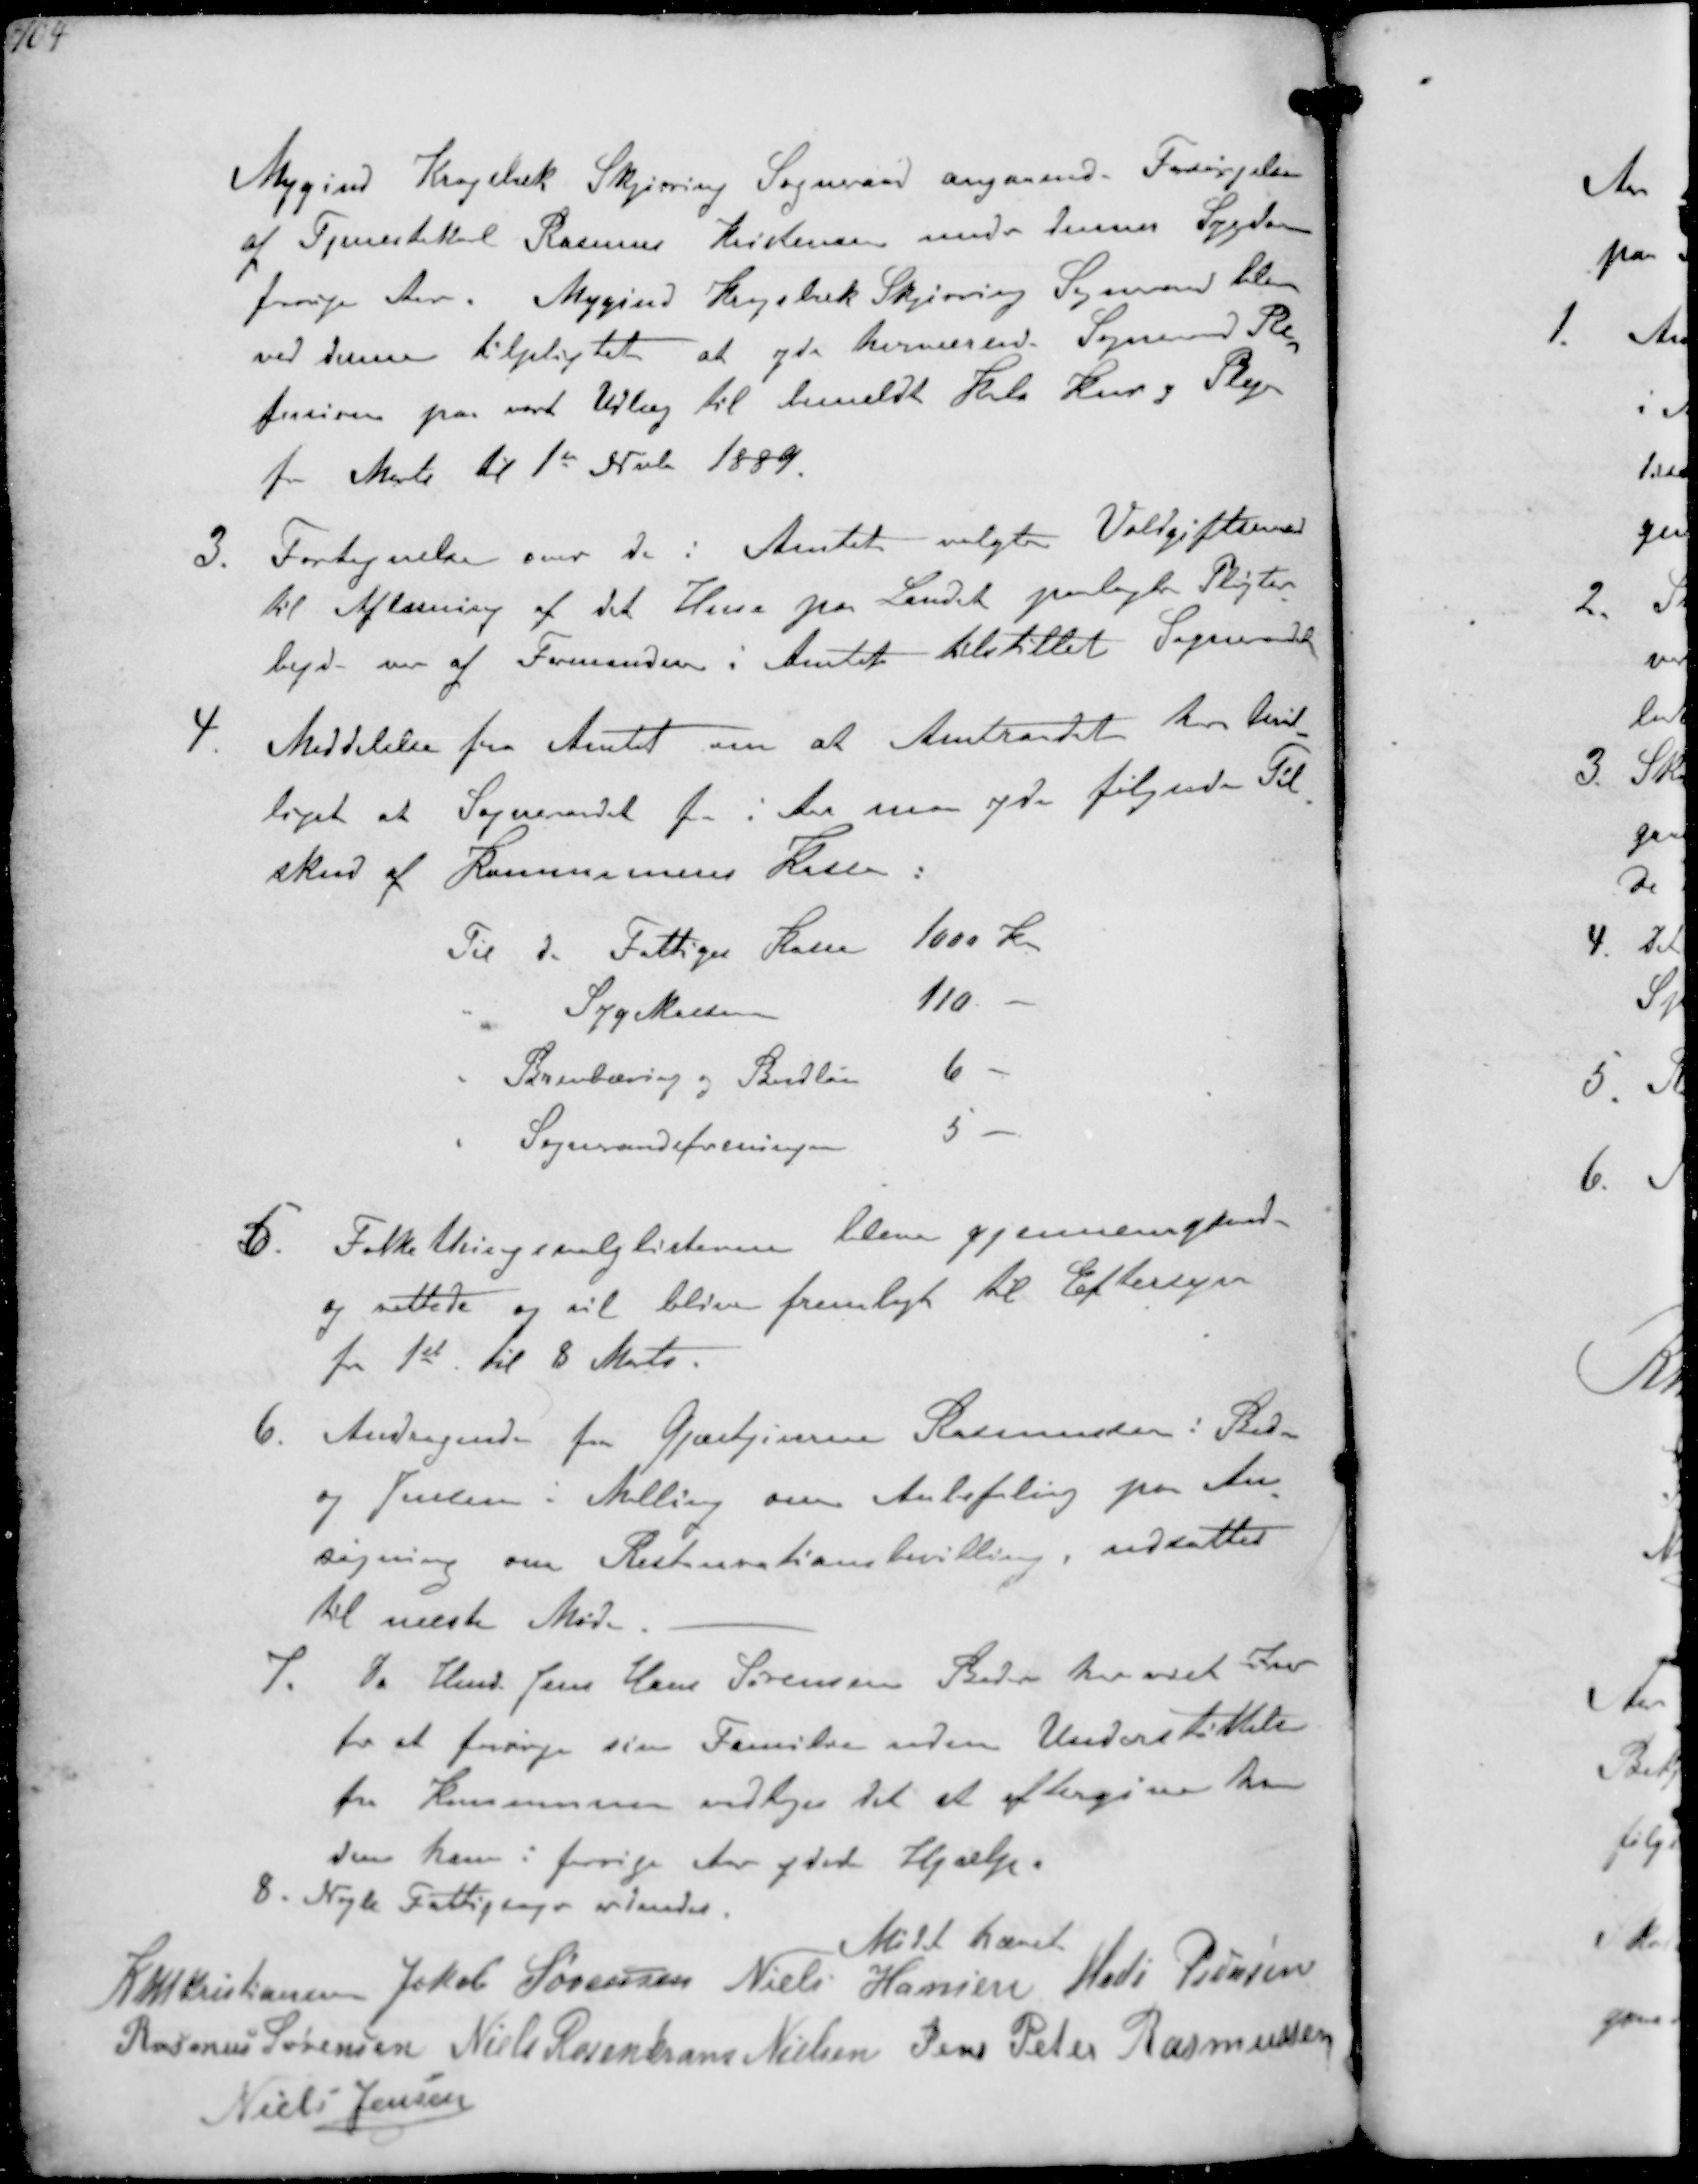
Transskription:
Mygind Krogsbæk Skjørring Sogneraad angaaende Forsørgelse
af Tjenestekarl Rasmus Kristensen under dennes Sygdom
forrige Aar. Mygind Krogsbæk Skjørring Sogneraad blev
ved denne tilpligtet at yde herværende Sogneraad Re-
fusion paa vort Udlæg til bemeldte Kals Kur og Pleje
fra Marts til 1st Nvb 1889.
3. Fortegnelse over de i Amtet valgte Voldgiftsmænd
til Afløsning af det Huse paa Landet paalagte Pligtar-
bejde var af Formanden i Amtet tilstillet Sogneraadet
4. Meddelelse fra Amtet om at Amtraadet har bevil-
liget at Sogneraadet fra i Aar maa yde følgende Til-
skud af Kommunens Kasse:
Til de Fattiges Kasse
1000 Kr
" Sygekasse 
110.
" Brevbæring og Budløn
6
" Sogneraadsforeningen
5
5. Folketingsvalglisterne bleve gjennemgaaede
og rettede og vil blive fremlagt til Eftersyn
fra 1st til 8 Marts.
6. Andragende fra Gæstgiverne Rasmussen i Beder
og Jensen i Malling om Anbefaling paa An-
søgning om Restaurationsbevilling, udsattes
til næste Møde.
7. Da Hmd. Jens Hans Sørensen Beder har været  
for at forsørge sin Familie uden Understøttelse
fra Kommunen vedtoges det at eftergive ham
den ham i forrige Aar ydede Hjælp.
8. Nogle Fattigsager ordnedes.
Mødet hævet
K N M Kristiansen Jakob Sørensen Niels Hansen Mads Pedersen
Rasmus Sørensen Niels Rosenkrands Nielsen Jens Peter Rasmussen
Niels Jensen